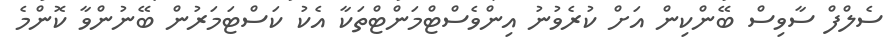
ސެލްފް ސާވިސް ބޭންކިން އަށް ކުރެވުނު އިންވެސްޓްމަންޓްތަކާ އެކު ކަސްޓަމަރުން ބޭނުންވާ ކޮންމެ